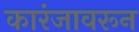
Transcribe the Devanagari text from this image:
कारंजावरून